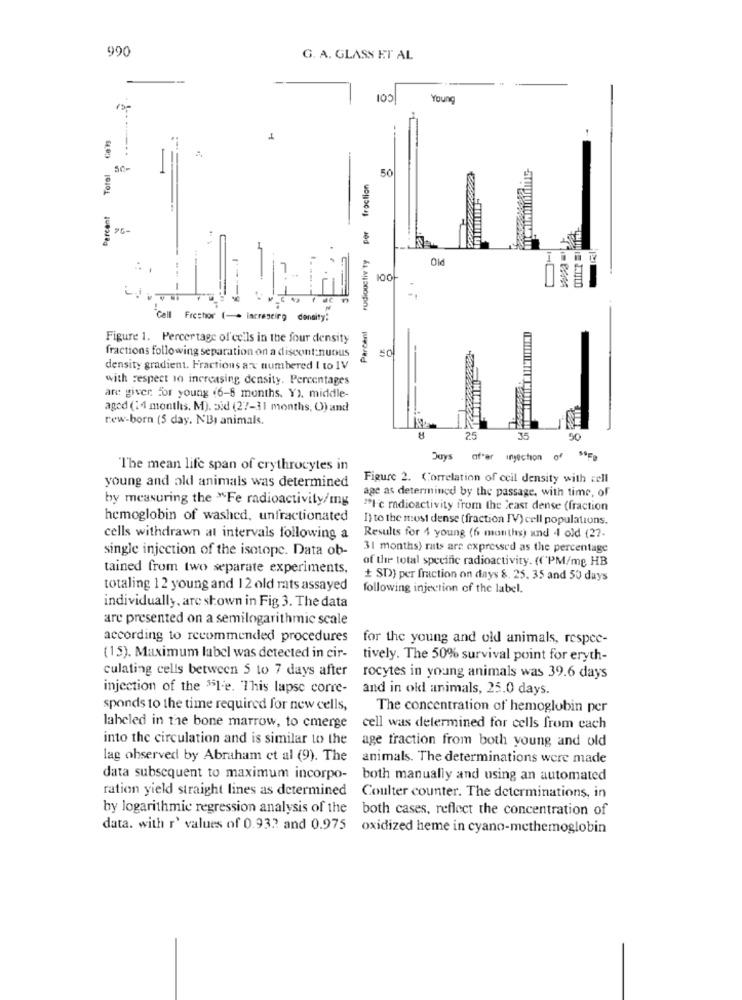
990
G. A. GLASS ET AL
COI
Young
Parcent Total Coils
Parcent rudioustiv ty per fraction
50
Old
C.
100
-
"Cell Freshor [-> lacrescing density:
Figure 1. Percertage of'cells in the four density
fractions following separation on a discontinuous
density gradient. Fractions are numbered I to IV
with respect to increasing density. Percentages
are giver. for young (6-8 months. Y). middle-
aged (14 months. M). aid (27-11 months, O) and
rew-born (5 day. NB, animals.
25
35
Days after injection of "OF0
"The mean life span of erythrocytes in
Figure 2. Correlation of ceil density with cell
young and old animals was determined
by measuring the "Fe radioactivity/mg
age as determined by the passage, with time, of
** I c radioactivity from the Least dense (fraction
hemoglobin of washed, unfractionated
I) to the most dense (fraction IV) cell populations.
cells withdrawn at intervals following a
Results for 4 young (6 months) and 4 old (27-
single injection of the isotope. Data ob-
31 months) rats are expressed as the percentage
of the total specific radioactivity. (("PM/mg HB
tained from two separate experiments,
+ SD) per fraction on days &. 25. 35 and 50 days
totaling 12 young and 12 old rats assayed
following injection of the label.
individually, are shown in Fig 3. The data
are presented on a semilogarithmic scale
according to recommended procedures
for the young and old animals, respec-
(15). Maximum label was detected in cir-
tively. The 50% survival point for eryth-
culating cells between 5 to 7 days after
rocytes in young animals was 39.6 days
injection of the 55I.e. This lapse corre-
and in old animals, 25.0 days.
sponds to the time required for new cells,
The concentration of hemoglobin per
labeled in the bone marrow, to cmerge
cell was determined for cells from each
into the circulation and is similar to the
age fraction from both young and old
lag observed by Abraham et al (9). The
animals. The determinations were made
data subsequent to maximum incorpo-
both manually and using an automated
ration yield straight lines as determined Coulter counter. The determinations, in
by logarithmic regression analysis of the both cases, reflect the concentration of
data. with r' values of 0.932 and 0.975 oxidized heme in cyano-methemoglobin